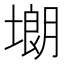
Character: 㙟